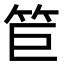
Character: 𥬙